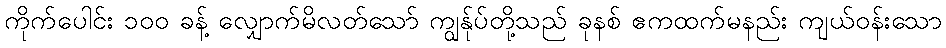
ကိုက်ပေါင်း ၁၀၀ ခန့် လျှောက်မိလတ်သော် ကျွန်ုပ်တို့သည် ခုနစ် ဧကထက်မနည်း ကျယ်ဝန်းသော